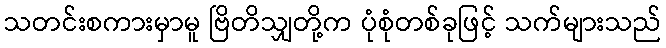
သတင်းစကားမှာမူ ဗြိတိသျှတို့က ပုံစုံတစ်ခုဖြင့် သက်များသည်